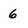
Character: 6